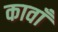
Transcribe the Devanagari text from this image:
कावाँ